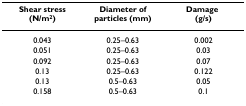
| Shear stress (N/m2) | Diameter of particles (mm) | Damage(g/s) |
 | --- | --- | --- |
 | 0.043 | 0.25–0.63 | 0.002 |
 | 0.051 | 0.25–0.63 | 0.03 |
 | 0.092 | 0.25–0.63 | 0.07 |
 | 0.13 | 0.25–0.63 | 0.122 |
 | 0.13 | 0.5–0.63 | 0.05 |
 | 0.158 | 0.5–0.63 | 0.1 |